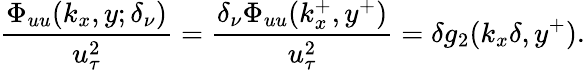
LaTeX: \frac{\Phi_{uu}(k_{x},y;\delta_{\nu})}{u_{\tau}^{2}}=\frac{\delta_{\nu}\Phi_{uu}(k_{x}^{+},y^{+})}{u_{\tau}^{2}}=\delta g_{2}(k_{x}\delta,y^{+}).